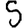
Digit: 5